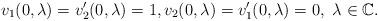
LaTeX: \begin{align*}v_{1}(0,\lambda )=v_{2}^{\prime }(0,\lambda )=1,v_{2}(0,\lambda)=v_{1}^{\prime }(0,\lambda )=0,\ \lambda \in\mathbb{C}.\end{align*}